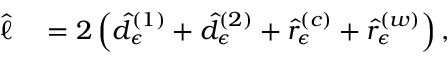
\begin{array} { r l } { \hat { \ell } } & { { } = 2 \left( \hat { d } _ { \epsilon } ^ { \left( 1 \right) } + \hat { d } _ { \epsilon } ^ { \left( 2 \right) } + \hat { r } _ { \epsilon } ^ { \left( c \right) } + \hat { r } _ { \epsilon } ^ { \left( w \right) } \right) , } \end{array}